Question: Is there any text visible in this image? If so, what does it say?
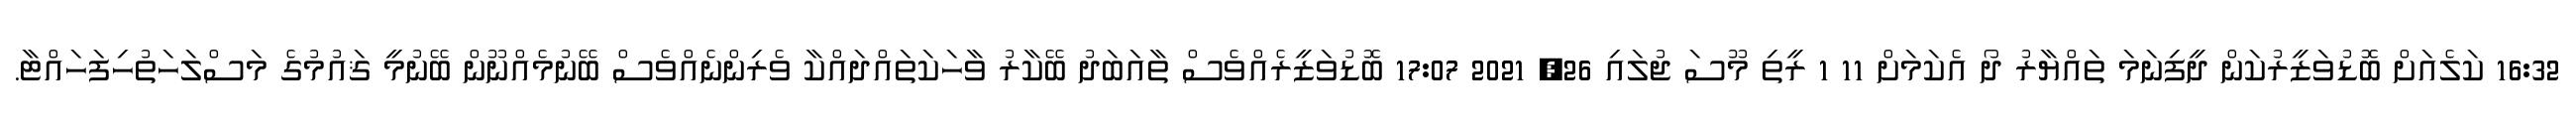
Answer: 16:32 ކަލެއަށް ބޮޑުވަޒީރުކަން ދީފިނަމަ ތައްޔާރު ދޯ އެކަމަށް 11 1 ރީތި މޫސަ ޖުލައި 26, 2021 17:07 ބޮޑުވަޒީރެއްވެސް ތާއަބަދު ބޭކާރު ވާހަކަތައްދައްކާ ވެރިންނެއްވެސް ބޭނުމެއްނޫން ބޭނުމީ ޤައުމުގެ މަސްލަހަތުހިފަހައްޓާ.